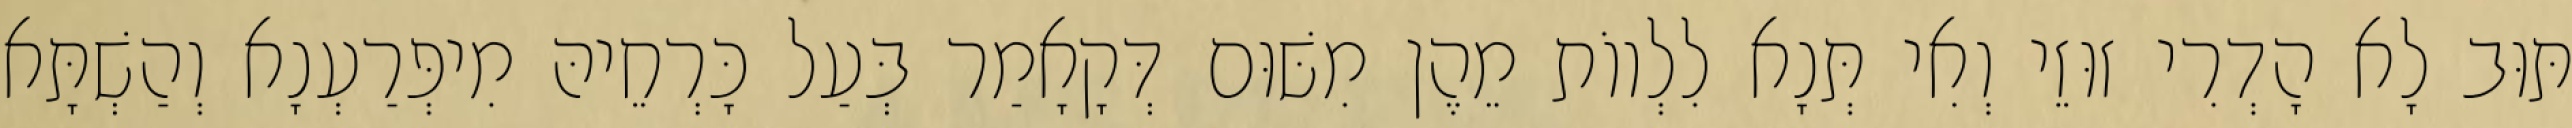
תּוּב לָא הָדְרִי זוּזֵי וְאִי תְּנָא לִלְווֹת מֵהֶן מִשּׁוּם דְּקָאָמַר בְּעַל כָּרְחֵיהּ מִיפְּרַעְנָא וְהַשְׁתָּא